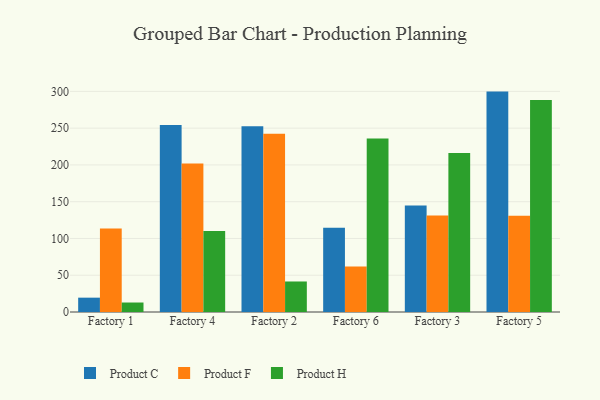
{"axis": {"x": "Factory", "y": "Churn Rate (%)"}, "legend": ["Product C", "Product F", "Product H"], "data": [{"x": "Factory 1", "y": 19.5, "type": "Product C"}, {"x": "Factory 1", "y": 113.5, "type": "Product F"}, {"x": "Factory 1", "y": 12.9, "type": "Product H"}, {"x": "Factory 4", "y": 254.2, "type": "Product C"}, {"x": "Factory 4", "y": 202.0, "type": "Product F"}, {"x": "Factory 4", "y": 110.0, "type": "Product H"}, {"x": "Factory 2", "y": 252.5, "type": "Product C"}, {"x": "Factory 2", "y": 242.4, "type": "Product F"}, {"x": "Factory 2", "y": 41.5, "type": "Product H"}, {"x": "Factory 6", "y": 114.6, "type": "Product C"}, {"x": "Factory 6", "y": 61.8, "type": "Product F"}, {"x": "Factory 6", "y": 235.8, "type": "Product H"}, {"x": "Factory 3", "y": 144.9, "type": "Product C"}, {"x": "Factory 3", "y": 131.1, "type": "Product F"}, {"x": "Factory 3", "y": 216.2, "type": "Product H"}, {"x": "Factory 5", "y": 299.7, "type": "Product C"}, {"x": "Factory 5", "y": 130.9, "type": "Product F"}, {"x": "Factory 5", "y": 288.4, "type": "Product H"}]}